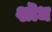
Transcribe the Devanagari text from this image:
शॊध